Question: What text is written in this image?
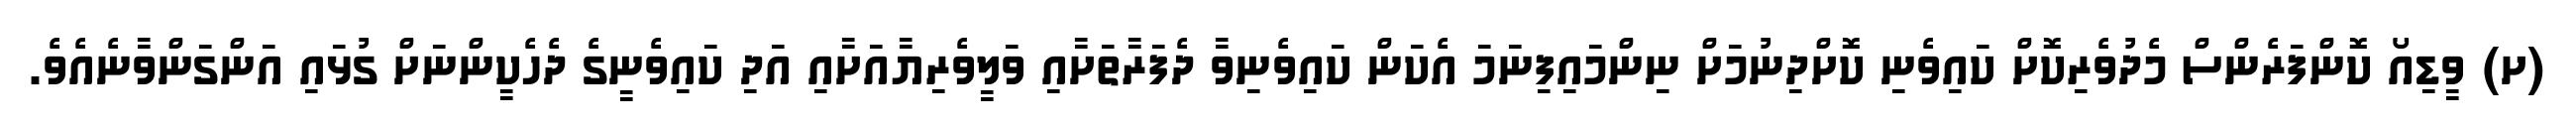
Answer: (ށ) ވީޑިއޯ ކޮންފަރެންސް މެދުވެރިކޮށް ކައިވެނި ކޮށްދިނުމަށް ނިންމައިފިނަމަ އެކަން ކައިވެނިވާ ދެފަރާތަށާއި ވަލީވެރިޔާއަށާއި އަދި ކައިވެނީގެ ދެހެކީންނަށް ގުޅައި އަންގަންވާނެއެވެ.